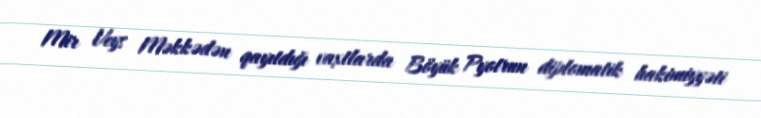
Mir Veys Məkkədən qayıtdığı vaxtlarda Böyük Pyotrun diplomatik hakimiyyəti